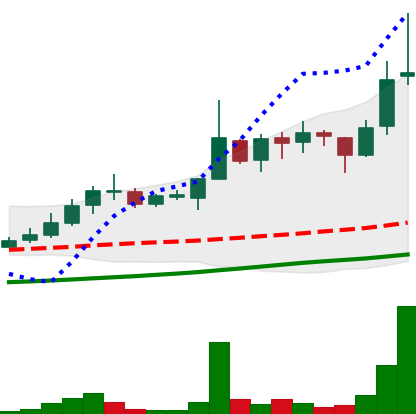
Ticker: LINK-USD
Chart end date: 2018-11-01
Forward return: -5.818%
Label: down_5_7